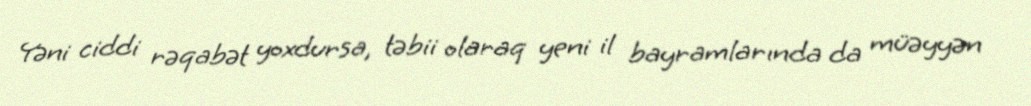
Yəni ciddi rəqabət yoxdursa, təbii olaraq yeni il bayramlarında da müəyyən